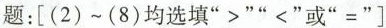
题：[(2)~(8)均选填”>””<”或”=”]